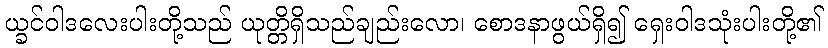
ယ္ခင်ဝါဒလေးပါးတို့သည် ယုတ္တိရှိသည်ချည်းလော၊ စောဒနာဖွယ်ရှိ၍ ရှေးဝါဒသုံးပါးတို့၏